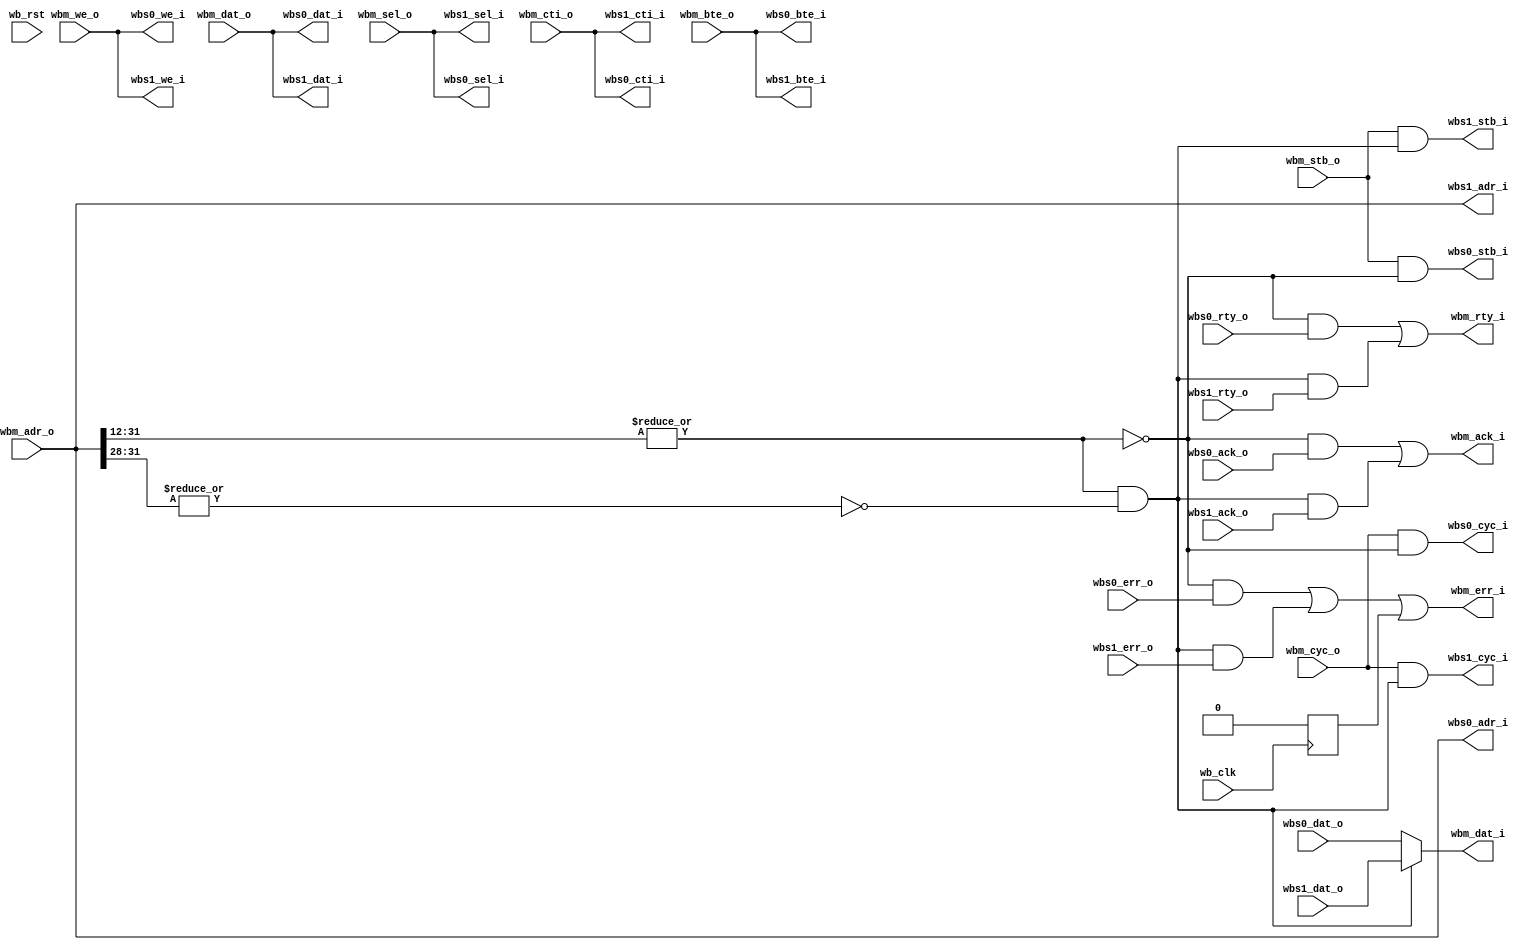
module arbiter_ibus
  (
   // instruction bus in
   // Wishbone Master interface
   wbm_adr_o,
   wbm_dat_o,
   wbm_sel_o,
   wbm_we_o,
   wbm_cyc_o,
   wbm_stb_o,
   wbm_cti_o,
   wbm_bte_o,
  
   wbm_dat_i,
   wbm_ack_i,
   wbm_err_i,
   wbm_rty_i,


   // Slave one
   // Wishbone Slave interface
   wbs0_adr_i,
   wbs0_dat_i,
   wbs0_sel_i,
   wbs0_we_i,
   wbs0_cyc_i,
   wbs0_stb_i,
   wbs0_cti_i,
   wbs0_bte_i,
  
   wbs0_dat_o,
   wbs0_ack_o,
   wbs0_err_o,
   wbs0_rty_o,

   // Slave two
   // Wishbone Slave interface
   wbs1_adr_i,
   wbs1_dat_i,
   wbs1_sel_i,
   wbs1_we_i,
   wbs1_cyc_i,
   wbs1_stb_i,
   wbs1_cti_i,
   wbs1_bte_i,
  
   wbs1_dat_o,
   wbs1_ack_o,
   wbs1_err_o,
   wbs1_rty_o,

   wb_clk,
   wb_rst
   );


   parameter wb_dat_width = 32;
   parameter wb_adr_width = 32;

   parameter slave0_addr_width = 12;
   parameter slave1_addr_width = 28;
   
   input wb_clk;
   input wb_rst;

   
   // WB Master
   input [wb_adr_width-1:0] wbm_adr_o;
   input [wb_dat_width-1:0] wbm_dat_o;
   input [3:0] 		    wbm_sel_o;   
   input 		    wbm_we_o;
   input 		    wbm_cyc_o;
   input 		    wbm_stb_o;
   input [2:0] 		    wbm_cti_o;
   input [1:0] 		    wbm_bte_o;
   output [wb_dat_width-1:0] wbm_dat_i;   
   output 		     wbm_ack_i;
   output 		     wbm_err_i;
   output 		     wbm_rty_i;   

   // WB Slave 0
   output [wb_adr_width-1:0] wbs0_adr_i;
   output [wb_dat_width-1:0] wbs0_dat_i;
   output [3:0] 	     wbs0_sel_i;
   output 		     wbs0_we_i;
   output 		     wbs0_cyc_i;
   output 		     wbs0_stb_i;
   output [2:0] 	     wbs0_cti_i;
   output [1:0] 	     wbs0_bte_i;
   input [wb_dat_width-1:0]  wbs0_dat_o;   
   input 		     wbs0_ack_o;
   input 		     wbs0_err_o;
   input 		     wbs0_rty_o;   

   // WB Slave 1
   output [wb_adr_width-1:0] wbs1_adr_i;
   output [wb_dat_width-1:0] wbs1_dat_i;
   output [3:0] 	     wbs1_sel_i;
   output 		     wbs1_we_i;
   output 		     wbs1_cyc_i;
   output 		     wbs1_stb_i;
   output [2:0] 	     wbs1_cti_i;
   output [1:0] 	     wbs1_bte_i;
   input [wb_dat_width-1:0]  wbs1_dat_o;   
   input 		     wbs1_ack_o;
   input 		     wbs1_err_o;
   input 		     wbs1_rty_o;   

   wire [1:0] 		     slave_sel; // One bit per slave

   reg 			     watchdog_err;
   
`ifdef ARBITER_IBUS_WATCHDOG
   reg [`ARBITER_IBUS_WATCHDOG_TIMER_WIDTH:0]  watchdog_timer;
   reg 			     wbm_stb_r; // Register strobe
   wire 		     wbm_stb_edge; // Detect its edge
   reg 			     wbm_stb_edge_r, wbm_ack_i_r; // Reg these, better timing

   always @(posedge wb_clk)
     wbm_stb_r <= wbm_stb_o;

   assign wbm_stb_edge = (wbm_stb_o & !wbm_stb_r);

   always @(posedge wb_clk)
     wbm_stb_edge_r <= wbm_stb_edge;
   
   always @(posedge wb_clk)
     wbm_ack_i_r <= wbm_ack_i;
   
   
   // Counter logic
   always @(posedge wb_clk)
     if (wb_rst) watchdog_timer <= 0;
     else if (wbm_ack_i_r) // When we see an ack, turn off timer
       watchdog_timer <= 0;
     else if (wbm_stb_edge_r) // New access means start timer again
       watchdog_timer <= 1;
     else if (|watchdog_timer) // Continue counting if counter > 0
       watchdog_timer <= watchdog_timer + 1;

   always @(posedge wb_clk) 
     watchdog_err <= (&watchdog_timer);
   
`else // !`ifdef ARBITER_IBUS_WATCHDOG
   
   always @(posedge wb_clk) 
     watchdog_err <= 0;

`endif // !`ifdef ARBITER_IBUS_WATCHDOG
   
   // Slave select
     // ROM/RAM
   assign slave_sel[0] = ~|wbm_adr_o[wb_adr_width - 1:slave0_addr_width];
     // DDR
   assign slave_sel[1] = ~slave_sel[0] & ~|wbm_adr_o[wb_adr_width - 1:slave1_addr_width];

   // Slave out assigns
   assign wbs0_adr_i = wbm_adr_o;
   assign wbs0_dat_i = wbm_dat_o;
   assign wbs0_we_i  = wbm_we_o;
   assign wbs0_sel_i = wbm_sel_o;
   assign wbs0_cti_i = wbm_cti_o;
   assign wbs0_bte_i = wbm_bte_o;
   assign wbs0_cyc_i = wbm_cyc_o & slave_sel[0];
   assign wbs0_stb_i = wbm_stb_o & slave_sel[0];

   assign wbs1_adr_i = wbm_adr_o;
   assign wbs1_dat_i = wbm_dat_o;
   assign wbs1_we_i  = wbm_we_o;
   assign wbs1_sel_i = wbm_sel_o;
   assign wbs1_cti_i = wbm_cti_o;
   assign wbs1_bte_i = wbm_bte_o;
   assign wbs1_cyc_i = wbm_cyc_o & slave_sel[1];
   assign wbs1_stb_i = wbm_stb_o & slave_sel[1];

   // Master out assigns
   // Don't care about none selected...
   assign wbm_dat_i = slave_sel[1] ? wbs1_dat_o :
		      wbs0_dat_o ;
   
   assign wbm_ack_i = (slave_sel[0] & wbs0_ack_o) |
		      (slave_sel[1] & wbs1_ack_o);
   
   
   assign wbm_err_i = (slave_sel[0] & wbs0_err_o) |
		      (slave_sel[1] & wbs1_err_o) |
		      watchdog_err;
   
   assign wbm_rty_i = (slave_sel[0] & wbs0_rty_o) |
		      (slave_sel[1] & wbs1_rty_o);
endmodule